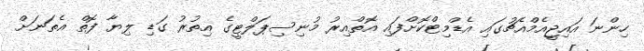
ހިންނަ އައިޖީއެމްއެޗުގައި އެޑްމިޓްކޮށްފައި އޮތްއިރު މުނިސިޕަލްޓީގެ އިތުރު ގަޑި ލިޔާ ފޮތް އެތަނަށް